Ambla_Vallakohus, lk 9
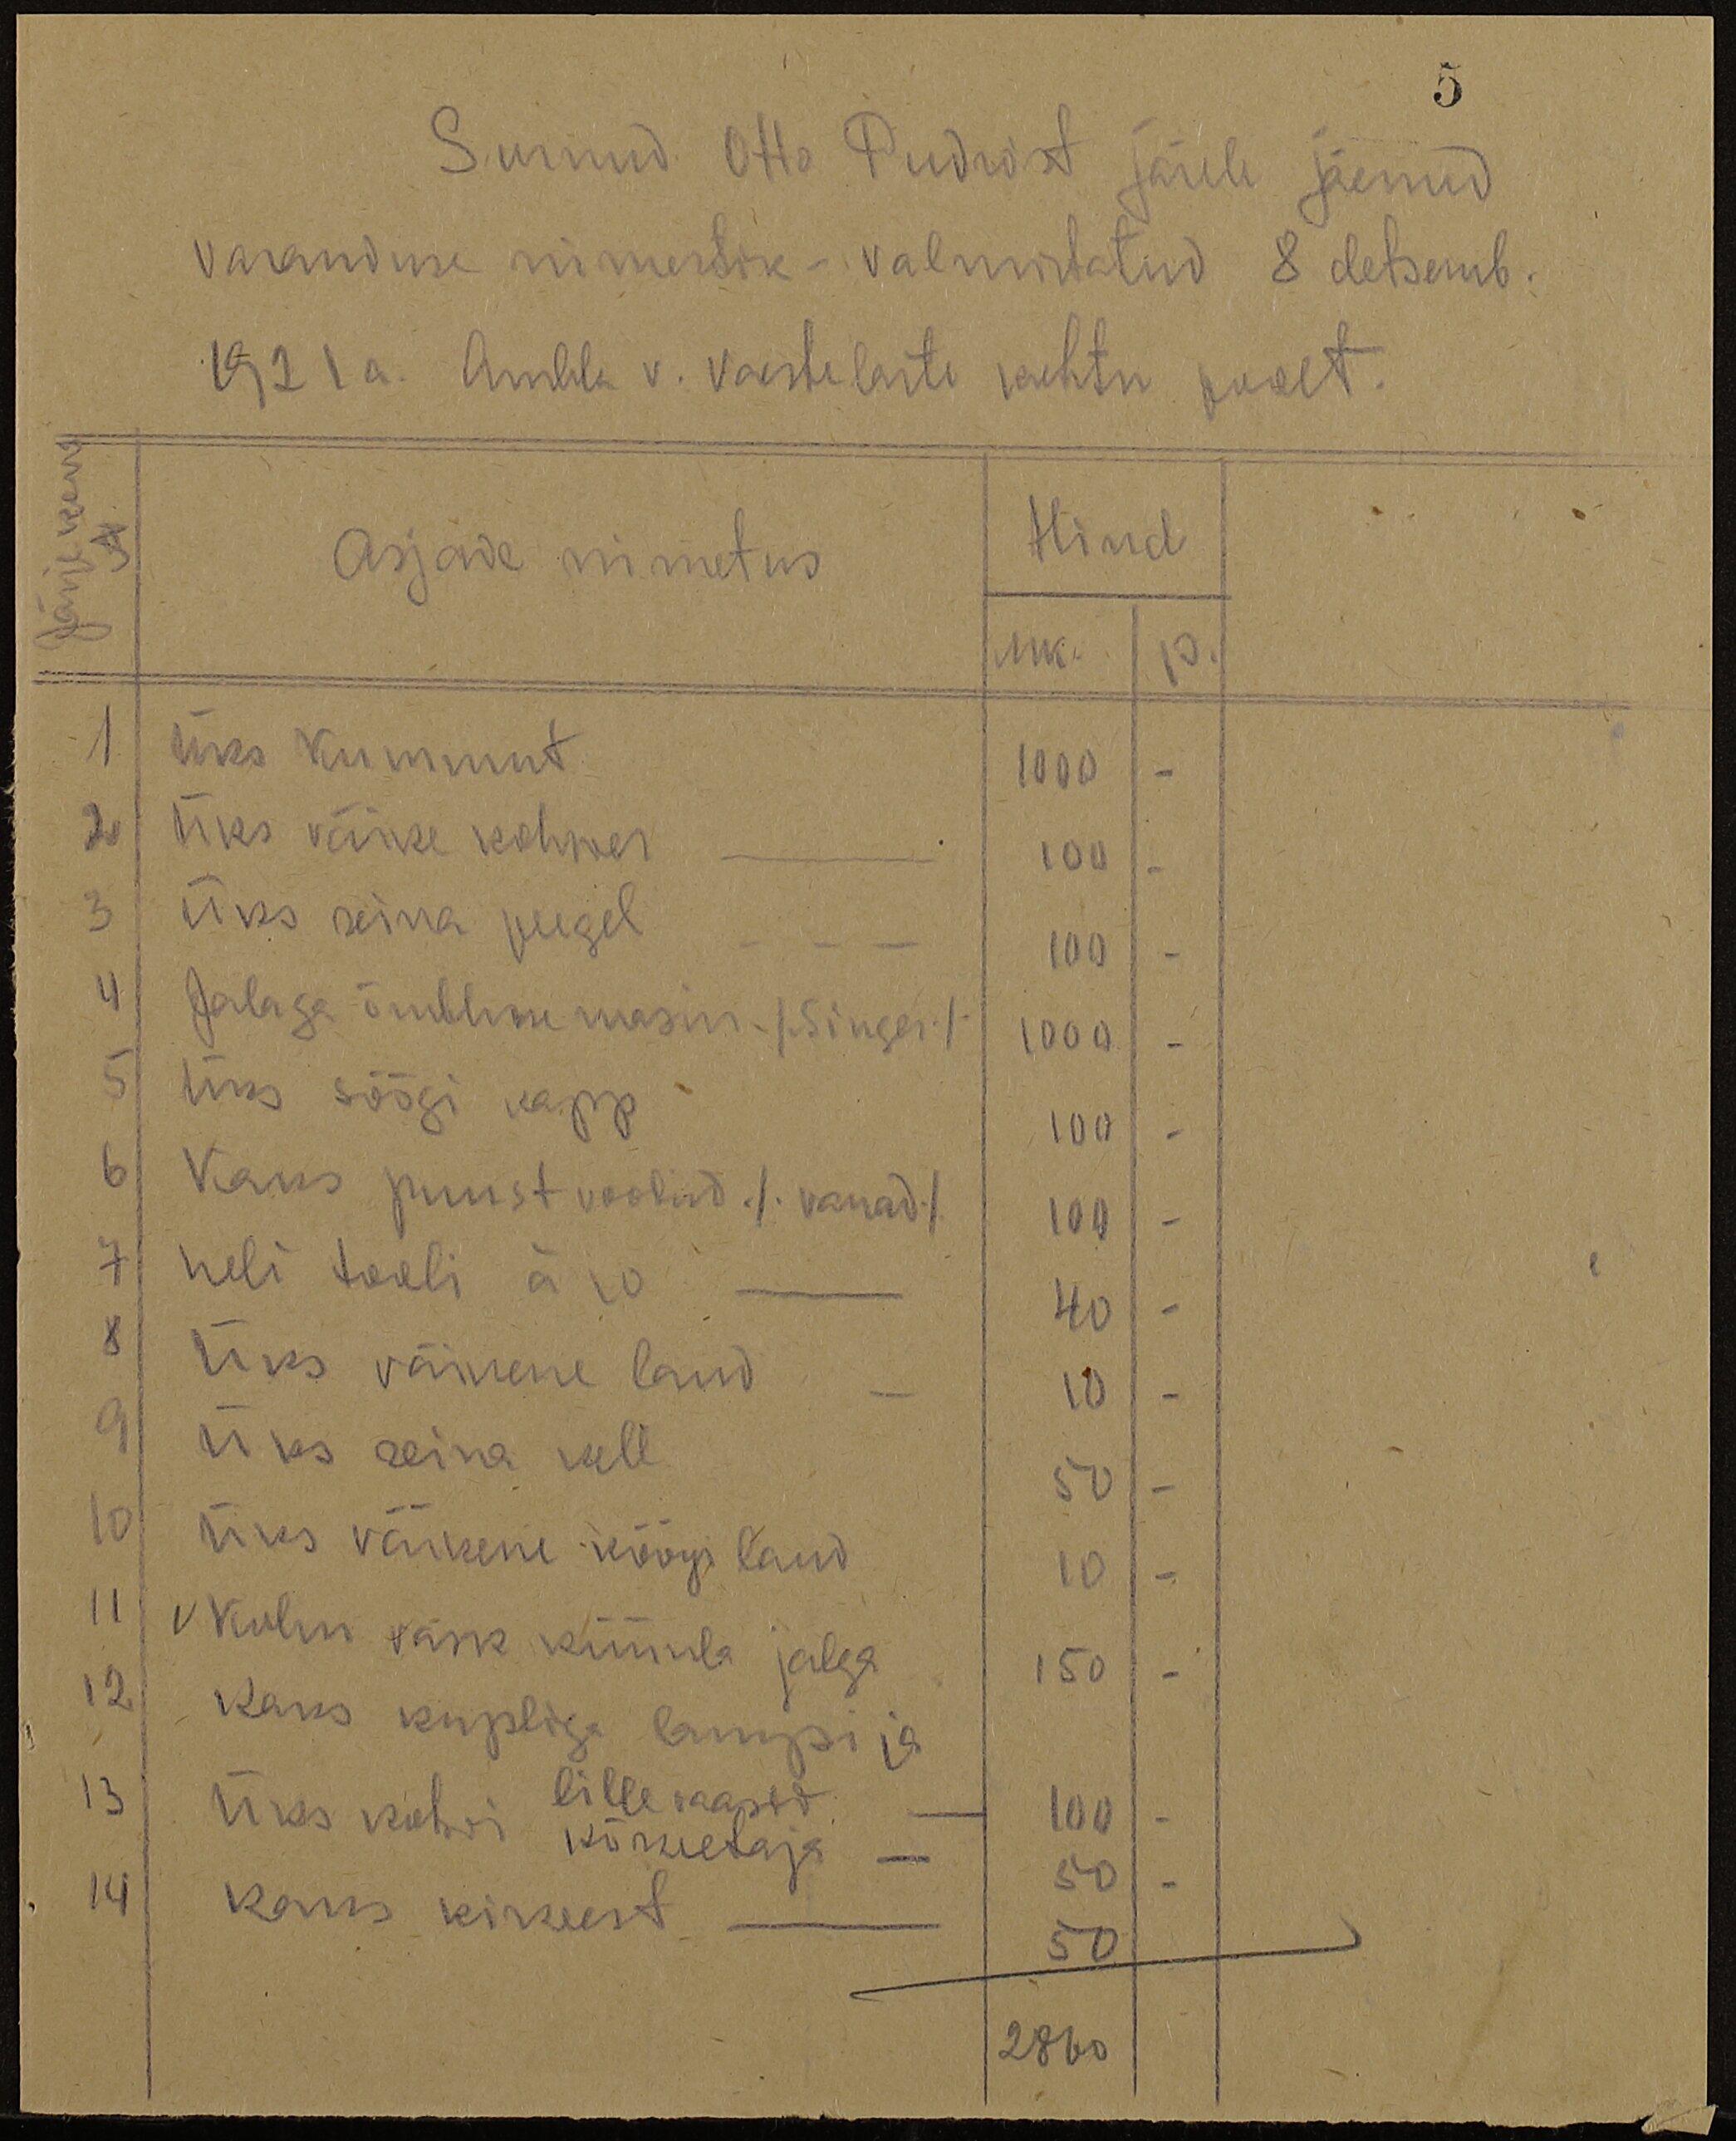
5
Surnud Otto Pudro'st järele jäenud
Varanduse nimestik- valmistatud 8 detsemb.
1921 a. Ambla v. vaeste laste kohtu poolt.
Asjade nimetus / Hind
nuk. 10.
1
üks kummut.
1000 -
2
Üks väike kohwer
100
3
Üks seina peegel -
100 -
4.
Jalaga õmbluse masin /Singer/ 1000-
5
Üks söögi kapp
100 -
6
Kaks puust woodid /vanad/ 100 -
7
neli tooli ära - 40 -
8
Üks väikene laud - 10 -
9.
üks seina kell
50 -
10 Üks väikene köögi laud 10 -
11
V Kolm vask küünla jalga
150 -
12
kaks kupliga lampi ja
lille vaasid
13
Üks kohwi kõrwetaja
100
14
kaks kirwest
50
50 -
2860